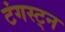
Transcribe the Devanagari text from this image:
टंगस्ट्न